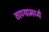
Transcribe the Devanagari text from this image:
ठाण्यामध्ये